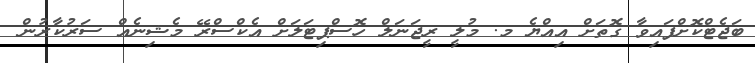
ބަޖެޓްކޮށްފައިވާ ގޮތަށް އިއްޔެ މ. މުލީ ރީޖަނަލް ހޮސްޕިޓަލަށް އެކްސްރޭ މެޝިނެއް ސަރުކާރުން